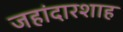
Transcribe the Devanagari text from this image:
जहांदारशाह